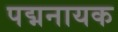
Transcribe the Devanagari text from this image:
पद्मनायक